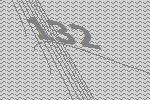
132